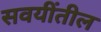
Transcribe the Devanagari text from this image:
सवयींतील